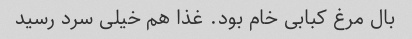
بال مرغ کبابی خام بود. غذا هم خیلی سرد رسید